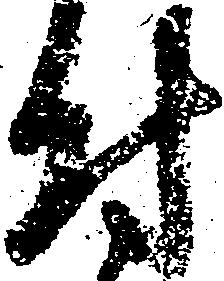
付